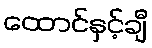
ထောင်နှင့်ချီ